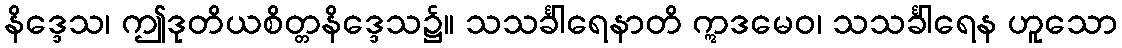
နိဒ္ဒေသ၊ ဤဒုတိယစိတ္တနိဒ္ဒေသ၌။ သသင်္ခါရေနာတိ ဣဒမေဝ၊ သသင်္ခါရေန ဟူသော